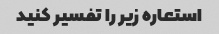
استعاره زیر را تفسیر کنید